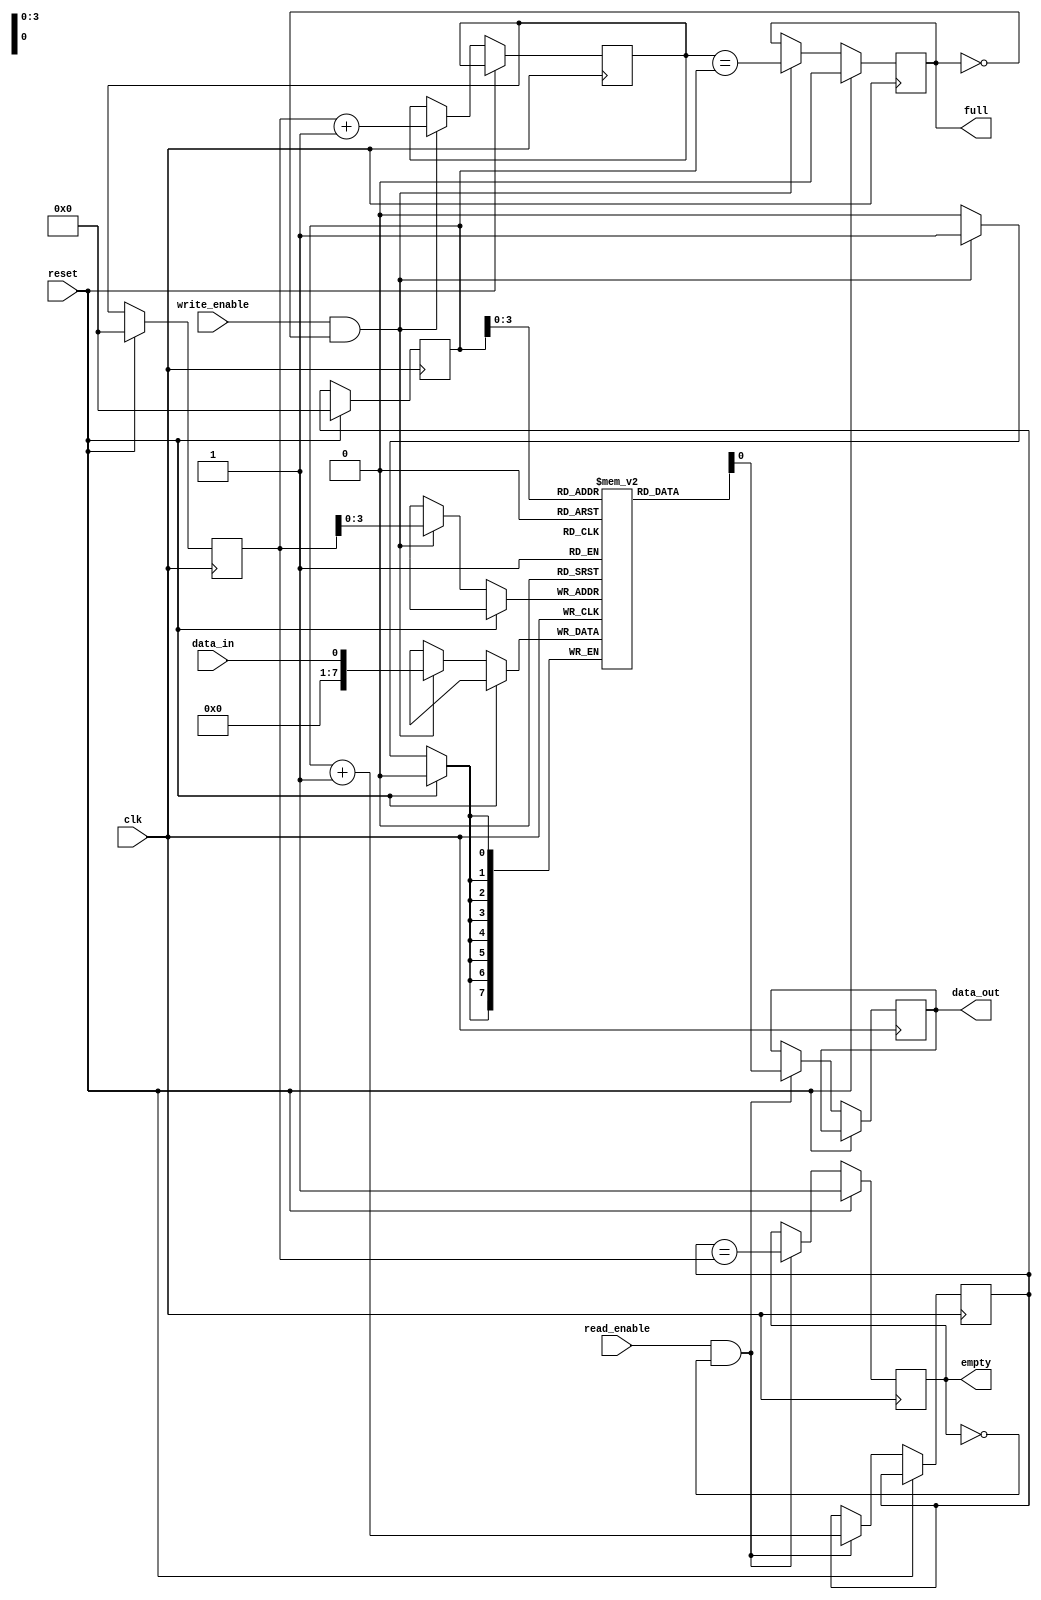
module synchronous_fifo (
  input wire clk,
  input wire reset,
  input wire write_enable,
  input wire read_enable,
  input wire data_in,
  output wire data_out,
  output wire full,
  output wire empty
);

parameter FIFO_DEPTH = 16;
reg [7:0] FIFO [0:FIFO_DEPTH-1];
reg [4:0] write_ptr_reg, read_ptr_reg;
reg [4:0] write_ptr_next, read_ptr_next;
reg full, empty;

always @(posedge clk) begin
  if (reset) begin
    write_ptr_reg <= 5'b0;
    read_ptr_reg <= 5'b0;
    full <= 1'b0;
    empty <= 1'b1;
  end else begin
    write_ptr_reg <= write_ptr_next;
    read_ptr_reg <= read_ptr_next;
    if (write_enable && !full) begin
      FIFO[write_ptr_reg] <= data_in;
      write_ptr_next <= write_ptr_reg + 1;
      full <= (write_ptr_next == read_ptr_reg);
    end
    if (read_enable && !empty) begin
      data_out <= FIFO[read_ptr_reg];
      read_ptr_next <= read_ptr_reg + 1;
      empty <= (read_ptr_next == write_ptr_reg);
    end
  end
end

endmodule